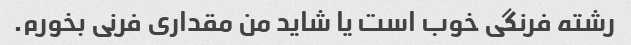
رشته فرنگی خوب است یا شاید من مقداری فرنی بخورم.